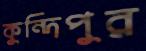
কুন্দিপুর